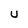
Character: u